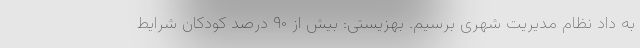
به داد نظام مدیریت شهری برسیم. بهزیستی: بیش از ۹۰ درصد کودکان شرایط